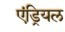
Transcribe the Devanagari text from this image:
एंड्रियल